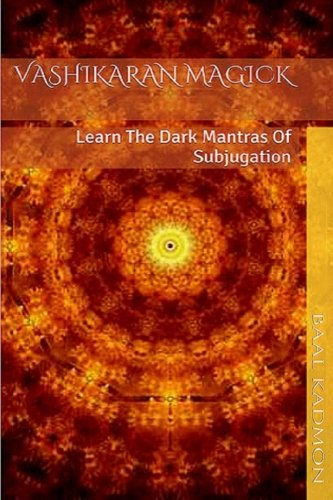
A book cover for Vashikaran Magick: Learn The Dark Mantras of Subjugation (Mantra Magick Series) (Volume 1); Baal Kadmon; Religion & Spirituality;